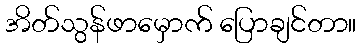
အိတ်သွန်ဖာမှောက် ပြောချင်တာ။